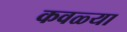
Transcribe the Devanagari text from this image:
कवळ्या